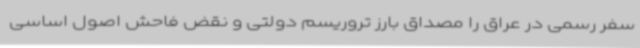
سفر رسمی در عراق را مصداق بارز تروریسم دولتی و نقض فاحش اصول اساسی